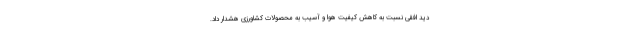
دید افقی نسبت به کاهش کیفیت هوا و آسیب به محصولات کشاورزی هشدار داد.